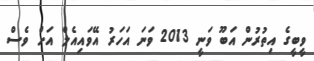
ވީބީގެ އިތުރުން އަބޫ ވަނީ 2013 ވަނަ އަހަރު އޭވައިއެލް އަށް ވެސް